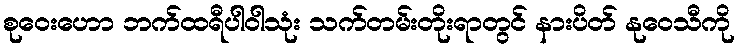
စုဝေးဟော ဘက်ထရီပါဝါသုံး သက်တမ်းတိုးရာတွင် နားပိတ် နုဝေသီကို